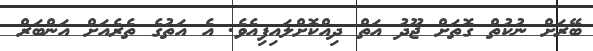
ބޭރަށް ނުކުތް ގޮތަށް ޖޫދު އަތް ދިއްކޮށްލައިފިއެވެ. އެ އަތުގެ ތެރެއަށް އަންބަރް